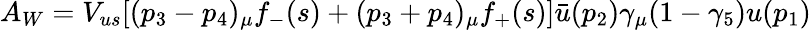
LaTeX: A_{W}=V_{us}[(p_{3}-p_{4})_{\mu}f_{-}(s)+(p_{3}+p_{4})_{\mu}f_{+}(s)]\bar{u}(p_{2})\gamma_{\mu}(1-\gamma_{5})u(p_{1})